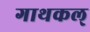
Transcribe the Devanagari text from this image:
गाथकल्